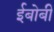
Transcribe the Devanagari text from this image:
ईबोबी